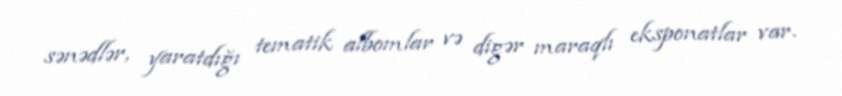
sənədlər, yaratdığı tematik albomlar və digər maraqlı eksponatlar var.